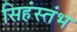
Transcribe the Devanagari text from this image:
सिहंस्तंभ